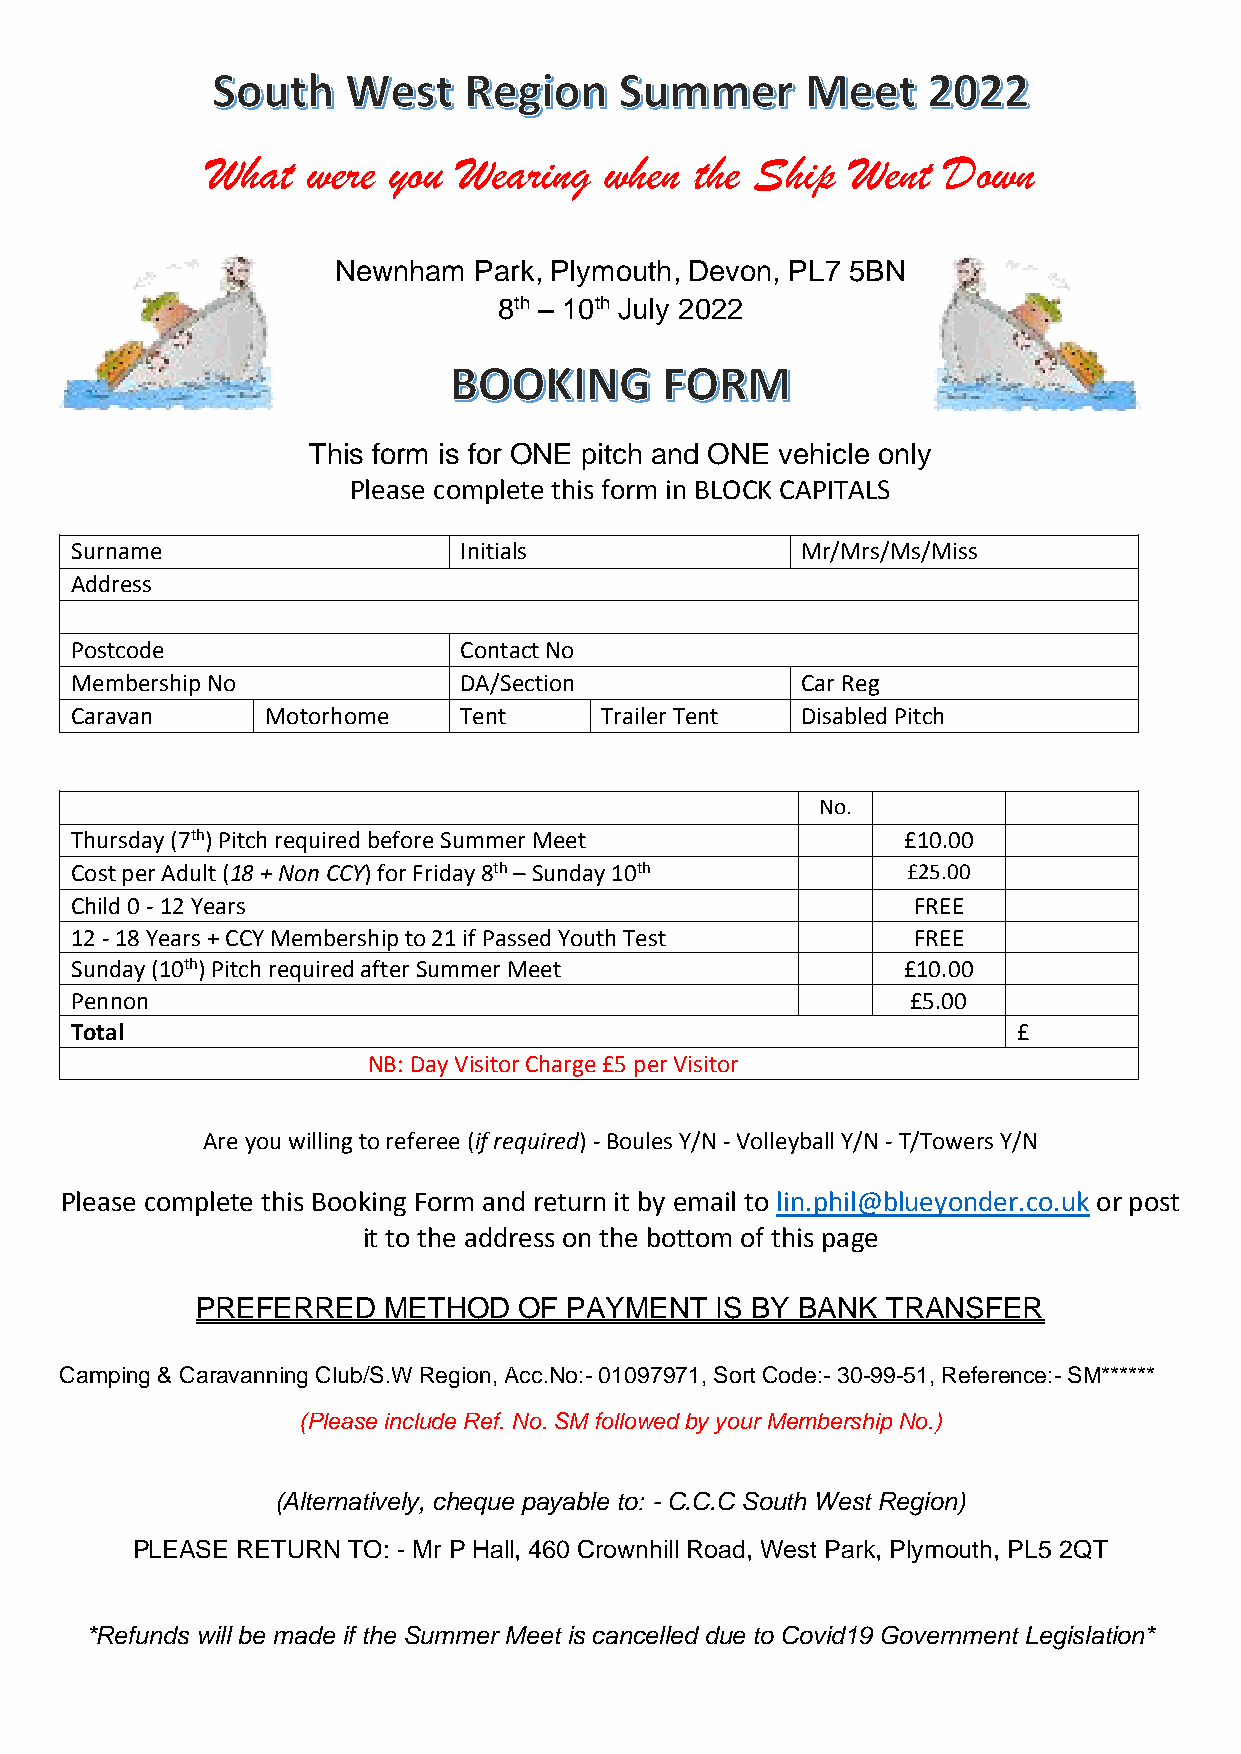
What  were  you Wearing   when  the Ship  Went  Down
 Newnham  Park, Plymouth, Devon, PL7 5BN
 8th – 10th July 2022
 This form is for ONE pitch and ONE vehicle only
 Please complete this form in BLOCK CAPITALS
 Surname                  Initials               Mr/Mrs/Ms/Miss
 Address
 Postcode                 Contact No
 Membership No            DA/Section             Car Reg
 Caravan      Motorhome   Tent      Trailer Tent Disabled Pitch
 No.
 Thursday (7th) Pitch required before Summer Meet       £10.00
 Cost per Adult (18 + Non CCY) for Friday 8th – Sunday 10th £25.00
 Child 0 - 12 Years                                     FREE
 12 - 18 Years + CCY Membership to 21 if Passed Youth Test FREE
 Sunday (10th) Pitch required after Summer Meet         £10.00
 Pennon                                                 £5.00
 Total                                                         £
 NB: Day Visitor Charge £5 per Visitor
 Are you willing to referee (if required) - Boules Y/N - Volleyball Y/N - T/Towers Y/N
 Please complete this Booking Form and return it by email to lin.phil@blueyonder.co.uk or post
 it to the address on the bottom of this page
 PREFERRED   METHOD   OF  PAYMENT  IS BY BANK  TRANSFER
 Camping & Caravanning Club/S.W Region, Acc.No:- 01097971, Sort Code:- 30-99-51, Reference:- SM******
 (Please include Ref. No. SM followed by your Membership No.)
 (Alternatively, cheque payable to: - C.C.C South West Region)
 PLEASE RETURN TO: - Mr P Hall, 460 Crownhill Road, West Park, Plymouth, PL5 2QT
 *Refunds will be made if the Summer Meet is cancelled due to Covid19 Government Legislation*